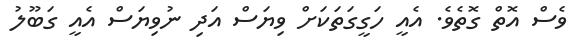
ވެސް އޮތް ގޮތެވެ. އެއީ ހަގީގަތަކަށް ވިޔަސް އަދި ނުވިޔަސް އެއީ ގަބޫލު